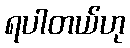
ရပါတယ်ဟု